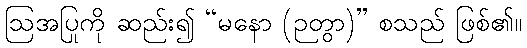
ဩအပြုကို ဆည်း၍ “မနော (ဉတွာ)” စသည် ဖြစ်၏။